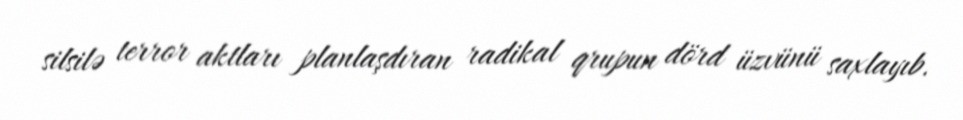
silsilə terror aktları planlaşdıran radikal qrupun dörd üzvünü saxlayıb.